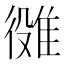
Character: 𨿒